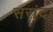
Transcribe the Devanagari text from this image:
सरांदा